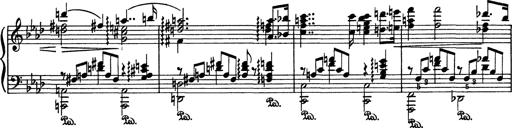
Title: Aus Lohengrin
Composer: Franz Liszt